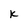
Character: k